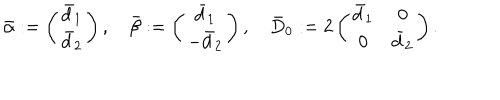
LaTeX: \bar { \alpha } : = \left( \begin{matrix} { { \bar { d } _ { 1 } } } \\ { { \bar { d } _ { 2 } } } \\ \end{matrix} \right) , \quad \bar { \beta } : = \left( \begin{matrix} { { \bar { d } _ { 1 } } } \\ { { - \bar { d } _ { 2 } } } \\ \end{matrix} \right) , \quad \bar { D } _ { 0 } : = 2 \left( \begin{matrix} { { \bar { d } _ { 1 } } } & { { 0 } } \\ { { 0 } } & { { \bar { d } _ { 2 } } } \\ \end{matrix} \right) .